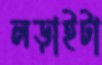
লড়াইটা